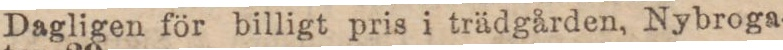
Dagligen för billigt pris i trädgården, Nybroga-